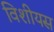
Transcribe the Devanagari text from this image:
विशीयस